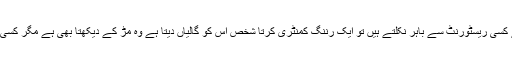
ایک میں شرجیل میمن لندن کے کسی ریسٹورنٹ سے باہر نکلتے ہیں تو ایک رننگ کمنٹری کرتا شخص اس کو گالیاں دیتا ہے وہ مڑ کے دیکھتا بھی ہے مگر کسی تبصرہ کے بغیر نکل جاتا ہے۔